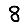
Digit: 8